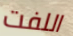
اللفت